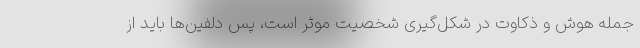
جمله هوش و ذکاوت در شکل‌گیری شخصیت موثر است، پس دلفین‌ها باید از